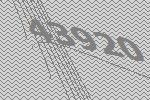
43920